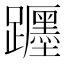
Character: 𨇠